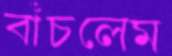
বাঁচলেম